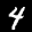
Digit: 4